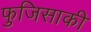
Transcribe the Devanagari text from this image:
फुजिसाकी